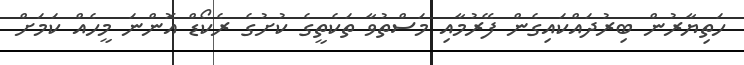
ހަތިޔާރުން ބިރުދައްކައިގެން ފޭރުމާއި މަސްތުވާ ތަކެތީގެ ކުށުގެ ރެކޯޑް އޮންނަ މީހެއް ކަމަށް